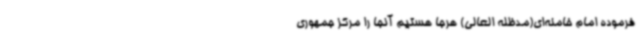
فرموده امام خامنه‌ای(مدظله العالی) هرجا هستیم آنجا را مرکز جمهوری